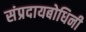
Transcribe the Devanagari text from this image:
संप्रदायबोधिनी